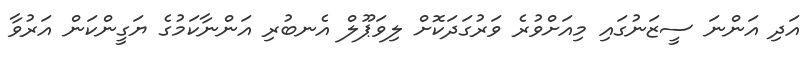
އަދި އަންނަ ސީޒަނުގައި މިއަށްވުރެ ވަރުގަދަކޮށް ލިވަޕޫލް އެނބުރި އަންނާކަމުގެ ޔަގީންކަން އަރުވާ